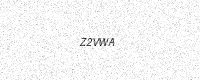
Text: Z2VWA